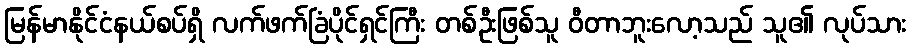
မြန်မာနိုင်ငံနယ်စပ်ရှိ လက်ဖက်ခြံပိုင်ရှင်ကြီး တစ်ဦးဖြစ်သူ ဝီတာဘူးလော့သည် သူ၏ လုပ်သား